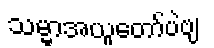
သမ္မာအယူတော်ပဲဗျ